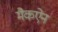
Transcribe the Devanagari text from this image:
मैकऐन